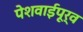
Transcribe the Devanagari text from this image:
पेशवाईपूर्व